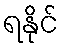
ရနိုင်